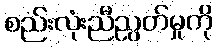
စည်းလုံးညီညွတ်မှုကို